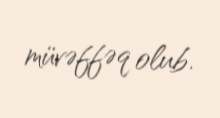
müvəffəq olub.